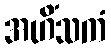
အဟိံသကံ